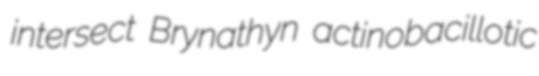
intersect Brynathyn actinobacillotic